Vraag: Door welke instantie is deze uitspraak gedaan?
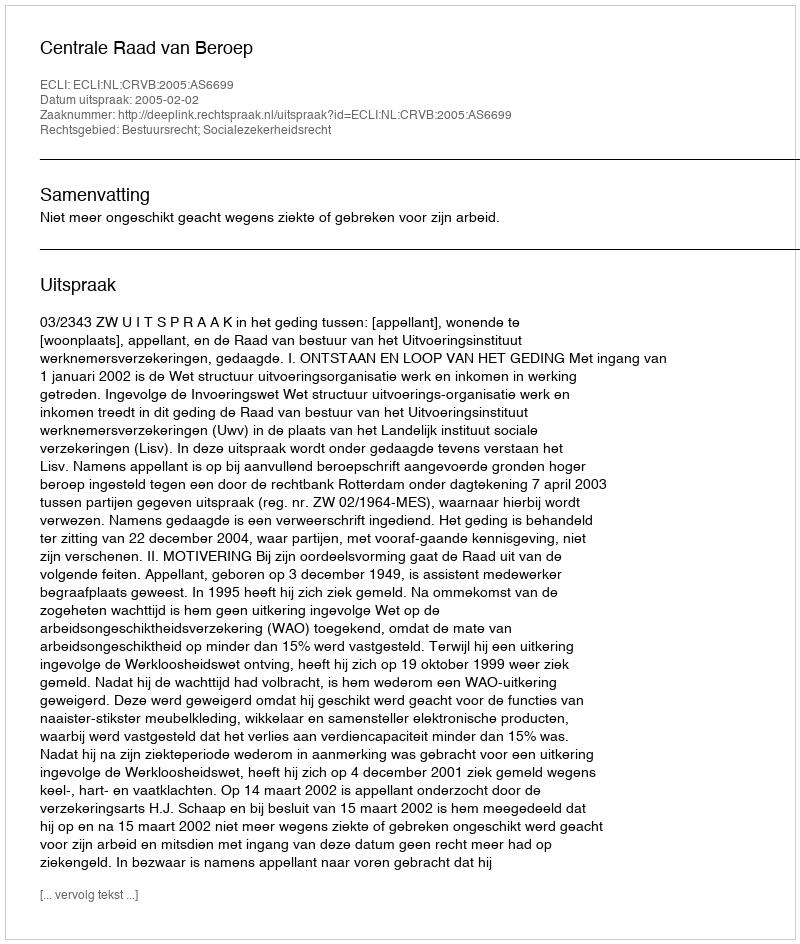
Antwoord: Centrale Raad van Beroep